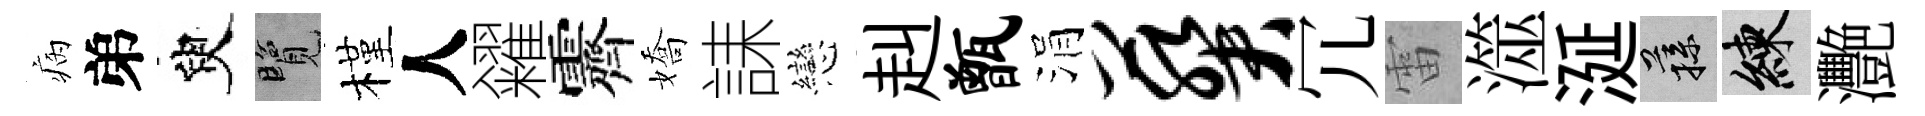
病弟臾覽槿人糴霽嬌誄戀赳甑涓葵冗雷澨涎蓀練灧